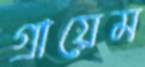
গ্রায়েম